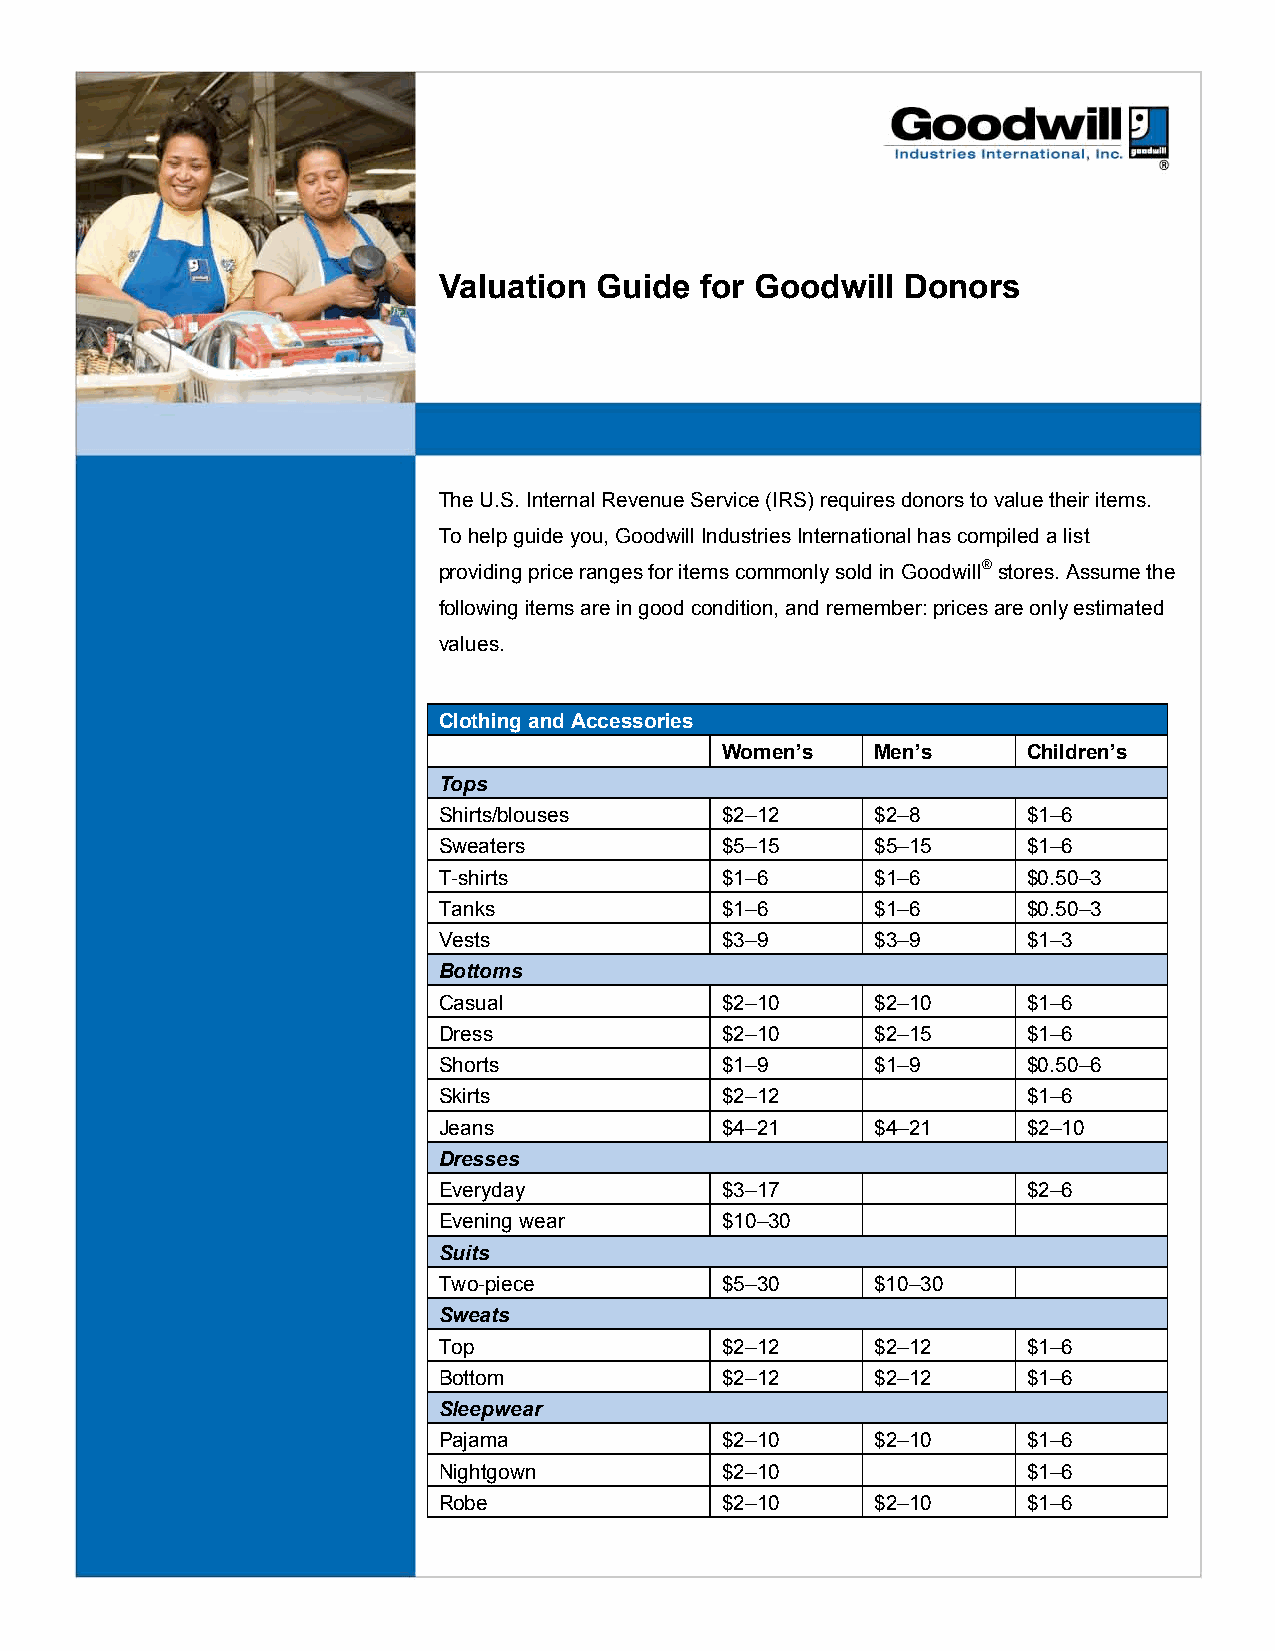
Valuation Guide  for Goodwill  Donors
 The U.S. Internal Revenue Service (IRS) requires donors to value their items.
 To help guide you, Goodwill Industries International has compiled a list
 providing price ranges for items commonly sold in Goodwill® stores. Assume the
 following items are in good condition, and remember: prices are only estimated
 values.
 Clothing and Accessories
 Women’s   Men’s     Children’s
 Tops
 Shirts/blouses     $2–12     $2–8      $1–6
 Sweaters           $5–15     $5–15     $1–6
 T-shirts           $1–6      $1–6      $0.50–3
 Tanks              $1–6      $1–6      $0.50–3
 Vests              $3–9      $3–9      $1–3
 Bottoms
 Casual             $2–10     $2–10     $1–6
 Dress              $2–10     $2–15     $1–6
 Shorts             $1–9      $1–9      $0.50–6
 Skirts             $2–12               $1–6
 Jeans              $4–21     $4–21     $2–10
 Dresses
 Everyday           $3–17               $2–6
 Evening wear       $10–30
 Suits
 Two-piece          $5–30     $10–30
 Sweats
 Top                $2–12     $2–12     $1–6
 Bottom             $2–12     $2–12     $1–6
 Sleepwear
 Pajama             $2–10     $2–10     $1–6
 Nightgown          $2–10               $1–6
 Robe               $2–10     $2–10     $1–6